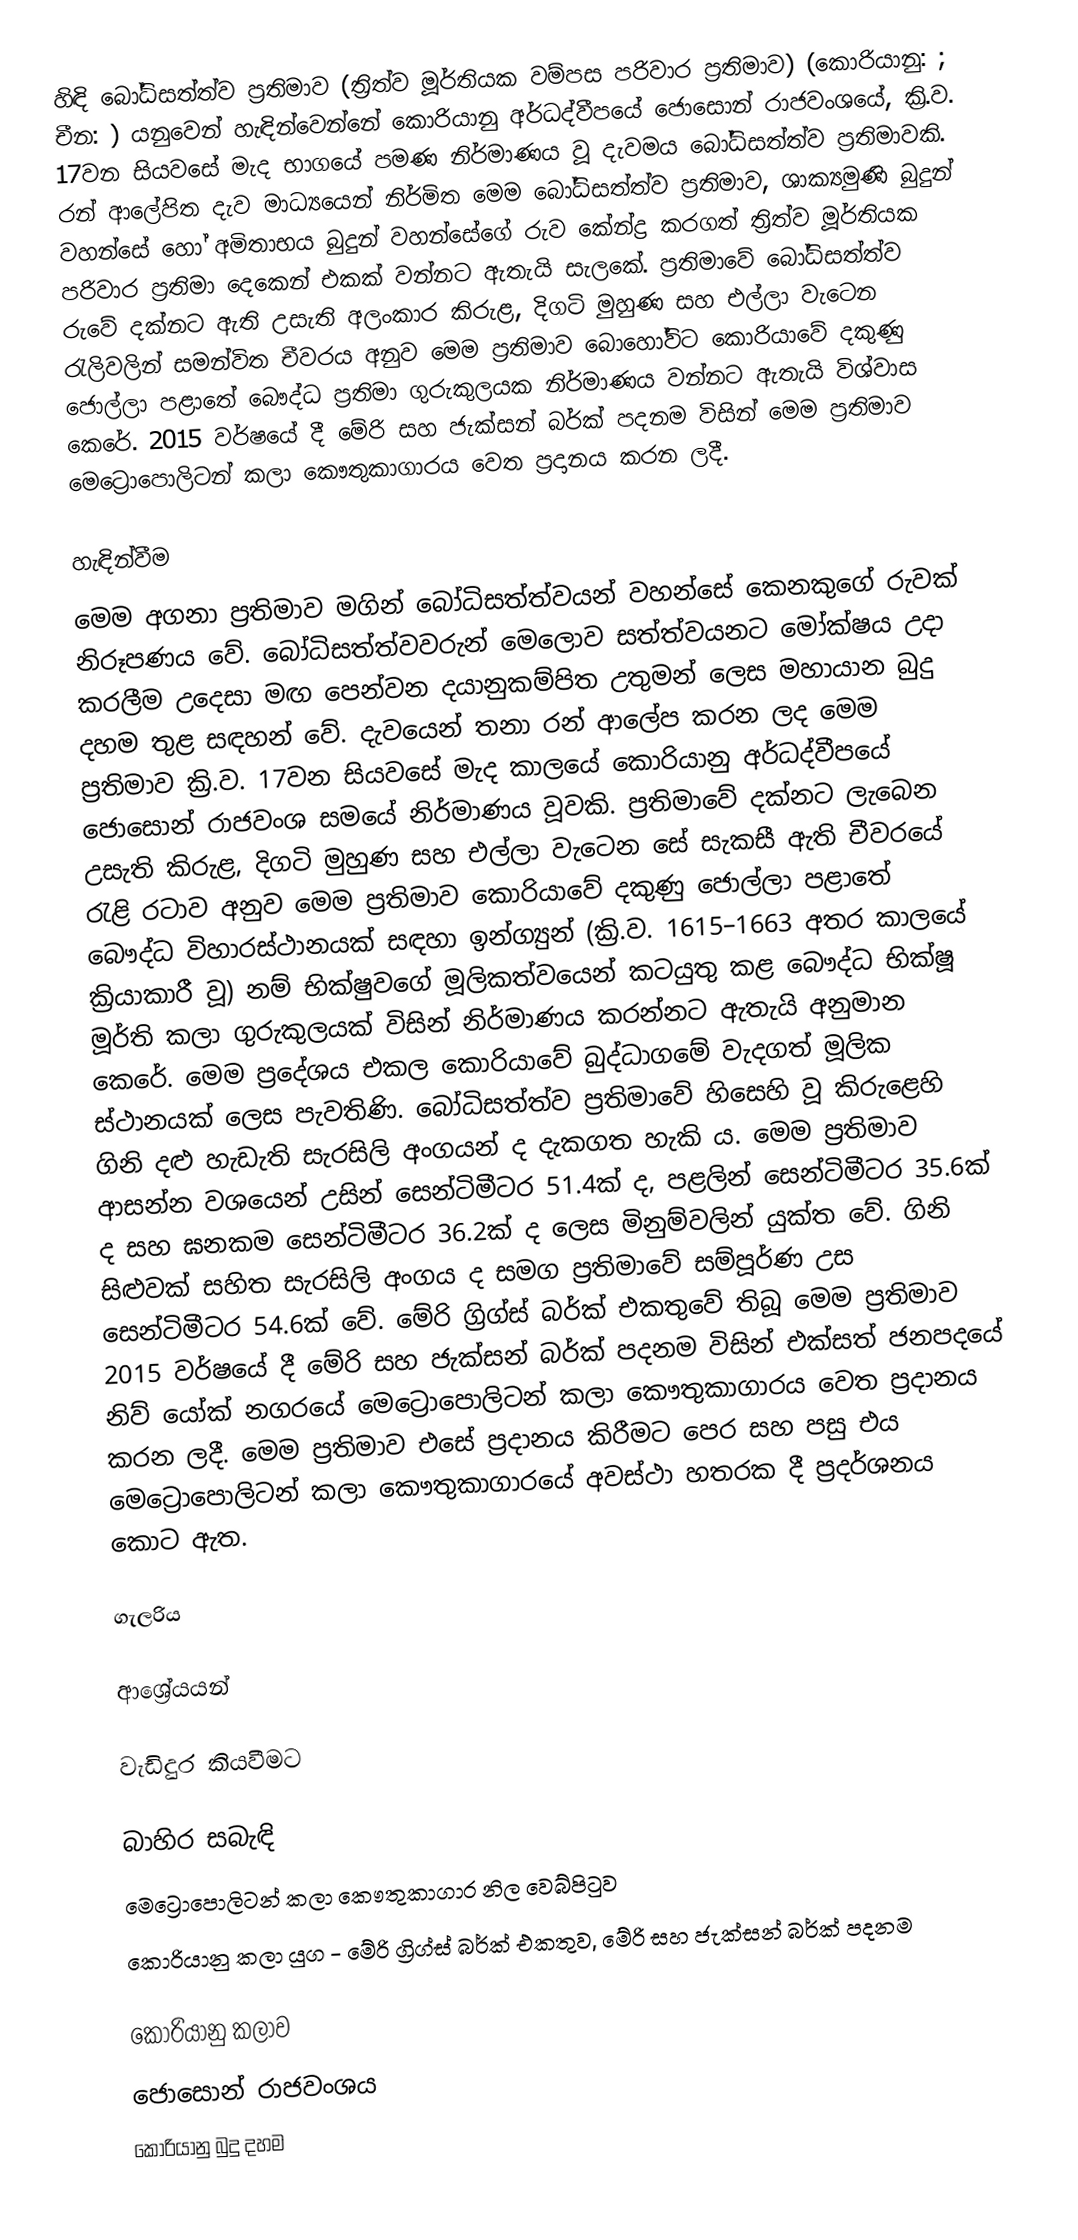
හිඳි බෝධිසත්ත්ව ප්‍රතිමාව (ත්‍රිත්ව මූර්තියක වම්පස පරිවාර ප්‍රතිමාව) (කොරියානු: ; චීන: ) යනුවෙන් හැඳින්වෙන්නේ කොරියානු අර්ධද්වීපයේ ජොසොන් රාජවංශයේ, ක්‍රි.ව. 17වන සියවසේ මැද භාගයේ පමණ නිර්මාණය වූ දැවමය බෝධිසත්ත්ව ප්‍රතිමාවකි. රන් ආලේපිත දැව මාධ්‍යයෙන් නිර්මිත මෙම බෝධිසත්ත්ව ප්‍රතිමාව, ශාක්‍යමුණි බුදුන් වහන්සේ හෝ අමිතාභය බුදුන් වහන්සේගේ රුව කේන්ද්‍ර කරගත් ත්‍රිත්ව මූර්තියක පරිවාර ප්‍රතිමා දෙකෙන් එකක් වන්නට ඇතැයි සැලකේ. ප්‍රතිමාවේ බෝධිසත්ත්ව රුවේ දක්නට ඇති උසැති අලංකාර කිරුළ, දිගටි මුහුණ සහ එල්ලා වැටෙන රැලිවලින් සමන්විත චීවරය අනුව මෙම ප්‍රතිමාව බොහෝවිට කොරියාවේ දකුණු ජොල්ලා පළාතේ බෞද්ධ ප්‍රතිමා ගුරුකුලයක නිර්මාණය වන්නට ඇතැයි විශ්වාස කෙරේ. 2015 වර්ෂයේ දී මේරි සහ ජැක්සන් බර්ක් පදනම විසින් මෙම ප්‍රතිමාව මෙට්‍රොපොලිටන් කලා කෞතුකාගාරය වෙත ප්‍රදානය කරන ලදී.

හැඳින්වීම
මෙම අගනා ප්‍රතිමාව මගින් බෝධිසත්ත්වයන් වහන්සේ කෙනකුගේ රුවක් නිරූපණය වේ. බෝධිසත්ත්වවරුන් මෙලොව සත්ත්වයනට මෝක්ෂය උදා කරලීම උදෙසා මඟ පෙන්වන දයානුකම්පිත උතුමන් ලෙස මහායාන බුදු දහම තුළ සඳහන් වේ. දැවයෙන් තනා රන් ආලේප කරන ලද මෙම ප්‍රතිමාව ක්‍රි.ව. 17වන සියවසේ මැද කාලයේ කොරියානු අර්ධද්වීපයේ ජොසොන් රාජවංශ සමයේ නිර්මාණය වූවකි. ප්‍රතිමාවේ දක්නට ලැබෙන උසැති කිරුළ, දිගටි මුහුණ සහ එල්ලා වැටෙන සේ සැකසී ඇති චීවරයේ රැළි රටාව අනුව මෙම ප්‍රතිමාව කොරියාවේ දකුණු ජොල්ලා පළාතේ බෞද්ධ විහාරස්ථානයක් සඳහා ඉන්ග්‍යුන් (ක්‍රි.ව. 1615–1663 අතර කාලයේ ක්‍රියාකාරී වූ) ‍නම් භික්ෂුවගේ මූලිකත්වයෙන් කටයුතු කළ බෞද්ධ භික්ෂූ මූර්ති කලා ගුරුකුලයක් විසින් නිර්මාණය කරන්නට ඇතැයි අනුමාන කෙරේ.  මෙම ප්‍රදේශය එකල කොරියාවේ බුද්ධාගමේ වැදගත් මූලික ස්ථානයක් ලෙස පැවතිණි. බෝධිසත්ත්ව ප්‍රතිමාවේ හිසෙහි වූ කිරුළෙහි ගිනි දළු හැඩැති සැරසිලි අංගයන් ද දැකගත හැකි ය. මෙම ප්‍රතිමාව ආසන්න වශයෙන් උසින් සෙන්ටිමීටර 51.4ක් ද, පළලින් සෙන්ටිමීටර 35.6ක් ද සහ ඝනකම සෙන්ටිමීටර 36.2ක් ද ලෙස මිනුම්වලින් යුක්ත වේ. ගිනි සිළුවක් සහිත සැරසිලි අංගය ද සමග ප්‍රතිමාවේ සම්පූර්ණ උස සෙන්ටිමීටර 54.6ක් වේ. මේරි ග්‍රිග්ස් බර්ක් එකතුවේ තිබූ මෙම ප්‍රතිමාව 2015 වර්ෂයේ දී මේරි සහ ජැක්සන් බර්ක් පදනම විසින් එක්සත් ජනපදයේ නිව් යෝක් නගරයේ මෙට්‍රොපොලිටන් කලා කෞතුකාගාරය වෙත ප්‍රදානය කරන ලදී. මෙම ප්‍රතිමාව එසේ ප්‍රදානය කිරීමට පෙර සහ පසු එය මෙට්‍රොපොලිටන් කලා කෞතුකාගාරයේ අවස්ථා හතරක දී ප්‍රදර්ශනය කොට ඇත.

ගැලරිය

ආශ්‍රේයයන්

වැඩිදුර කියවීමට

බාහිර සබැඳි
 මෙට්‍රොපොලිටන් කලා කෞතුකාගාර නිල වෙබ්පිටුව
 කොරියානු කලා යුග - මේරි ග්‍රිග්ස් බර්ක් එකතුව, මේරි සහ ජැක්සන් බර්ක් පදනම

කොරියානු කලාව
ජොසොන් රාජවංශය
කොරියානු බුදු දහම